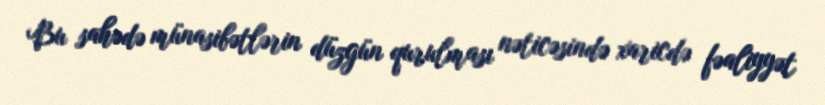
Bu sahədə münasibətlərin düzgün qurulması nəticəsində xaricdə fəaliyyət